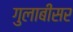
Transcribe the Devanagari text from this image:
गुलाबीसर